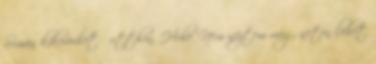
Simán kikeverhető otthon. Hehe. Nem néztem még, neten lehet